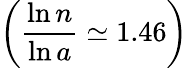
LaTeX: \left(\frac{\ln n}{\ln a}\simeq 1.46\right)